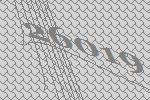
26019